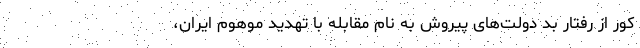
کور از رفتار بد دولت‌های پیروش به نام مقابله با تهدید موهوم ایران،